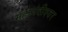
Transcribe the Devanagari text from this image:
महानंदीश्‍वर